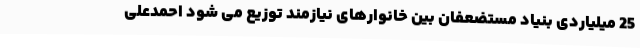
25 میلیاردی بنیاد مستضعفان بین خانوارهای نیازمند توزیع می شود احمدعلی